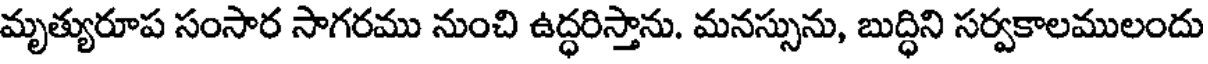
మృత్యురూప సంసార సాగరము నుంచి ఉద్ధరిస్తాను. మనస్సును, బుద్ధిని సర్వకాలములందు